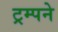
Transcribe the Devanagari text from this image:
ट्रम्पने